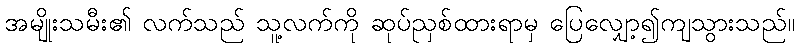
အမျိုးသမီး၏ လက်သည် သူ့လက်ကို ဆုပ်ညှစ်ထားရာမှ ပြေလျှော့၍ကျသွားသည်။